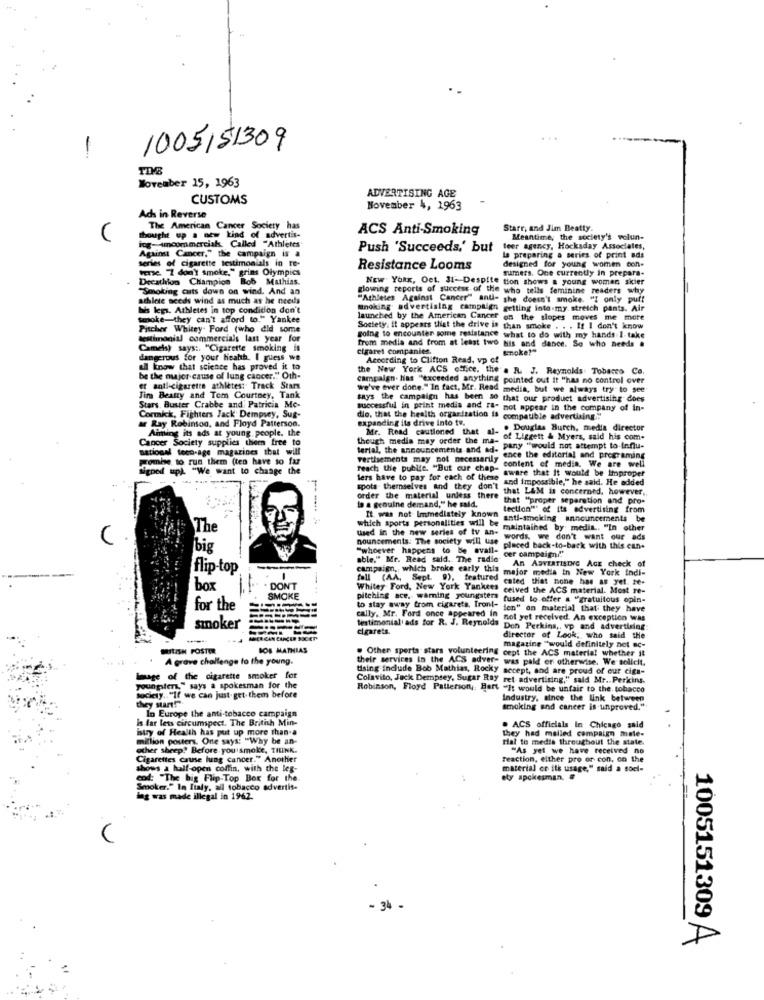
1005151309
-
November 15, 1963
ADVERTISING AGE
CUSTOMS
November 4, 1963
Ads in Reverse
The American Cancer Society has
ACS Anti-Smoking
Starr, and Jim Beatty.
thought up a new kind of advertis-
Meantime, the society's volun-
ing-Amcommercial Called "Athletes
Push 'Succeeds,' but
teer agency, Hocksday Associates,
Against Cancer." the campaign is a
la preparing a series of print ads
tene. "I don't smoke," grins Olympics
series of cigarette testimonials in re-
Resistance Looms
sumers. One currently in prepara-
designed for young women bon-
Decathlon Champion Bob Mathias.
NEW YORK, Oet. 31-Despite tion shows a young woman sicier
"Smoking cuts down on wind. And an
glowing reports of success of the who tells feminine readers why
athlete needs wind as much as he needs
"Athletes Against Cancer" anti- she doesn't smoke. "I only puff
Its legs. Athletes in top condition don't
mnoking advertising campaign getting into my stretch pants. Air
Smoke-they can't afford to." Yankee
launched by the American Cancer on the slopes moves me more
Pischer Whitey. Ford (who did some
Society, it appears that the drive is than smoke . . . It I don't know
testimonial commercials last year for
from media and from at least two his and dance. So who needs #
going to encounter some resistance what to do with my hands I- take
Camels) says :. "Cigarette smoking is
cigaret companies.
Smoke?"
dangerous for your heahh. I guess we
According to Clifton Read, vp of
all know that science has proved it to
e New York ACS office, the'a I. J. Reynolds Tobacco Co.
be the major cause of lung cancer." Oth-
campaign. has "exceeded anything pointed out it "has no control over
er antl-cigarette athlètes: Track Stars
we've ever done." In fact, Mr. Read media, but we always try to see
Jim Beauty and Tom Courtney, Tank
says the campaign has been so that our product advertising does
Stars. Buster Crabbe and Patricia Mc-
successful in print media and "a" not appear in the company of in-
Cormick, Fighters Jack Dempsey, Sug-
ar Ray Robinson, and Floyd Patterson.
expanding ils drive into to.
die, that the health organization is compatible advertising ..
ing its ads at young people, the
Mr. Read cautioned that al- . Douglas Burch, media director
Cancer Society supplies them free to
though media may order the ma- of Liggett & Myers, said his com.
national feco-age magazines that will
terial, the announcements and ad. Pany "would not attempt to Influ-
Promise to run them (ten have so fu
vertisements may not necessarily
ence the editorial and programing
igned up). "We want to change
reach the public. "But cur chap-
content of media. We are well
aware that It would be Improper
lers have to pay for each of these
and impossible," he said. He added
spota- themselves and they don't
that L&M is concerned, however ..
order the material unless there
that "proper separation and pro-
to a genuine demand," he said.
tection"" of its advertising from
which sports personalities will be
It was not Immediately known anti-smoking announcements be
The
used in the new series of tv an-
maintained by medit .. "In other
U
nouncements: The society will use
words, we don't want our ads
big
"whoever happens to be avall-
placed back-to-back with this can-
cer campaign/"
able," Mr. Read said. The radio-
An ADVERTISING AGE check of
flip-top
campaign, which broke early this
major media in New York indi-
fall (AA, Sept. 9), featured cated that none has as yet. te-
box
DON'T
Whitey Ford, New York Yankees
ceived the ACS material. Most re-
SMOKE
pitching ace. waming youngsters fused to offer a "gratuitous opin-
for the
to stay away from cigareta. Iront-
den" on material that they have
smoker
cally, Mr. Ford once appeared in not yet received. An exception Was
Intimoniali ads for R. J. Reynolds
cigarets.
Den Perkins ,, vp and advertising
director of Look, who said the
magazine "would definitely not ec-
BRITISH FOSTER
BOB MATHIAS
. Other sports stars volunteering cept the ACS material whether it
A grave challenge to the young.
their services in the ACS adver- was pald or otherwise. We sollcit.
Using include Bob Mathias, Rocky secept, and are proud of our ciga-
Image of the cigarette smoker for
Colavito, Jack Dempsey, Sugar Ray ret advertising," said Mr. Perkins.
youngster," says a spokesman for the
Robinson, Floyd Patterson ,: Bart "It would be unfair to the tobacco
society .. "If we can just- get. them before
they start!".
Industry, since the link between
smoking and cancer is unproved.
Is far less circumspect. The British Min-
In Europe the anti-tobacco campaign
istry of Health has put up more than a
. ACS officials In Chicago said
they had malled campaign male-
million posters. One says: "Why be an-
riat to media throughout the state.
other sheep? Before you smoke, THINK.
"As yet we have received no
Cigarettes cause lung cancer." Another
reaction, either pro or con, on the
shows a half-open coffin, with the leg-
material en itk usage," said a soci-
"The big Flip-Top Box for the.
ety spokesman. #
Smoker." In Italy, all tobacco advertise
ing was made illegal in 1962.
~ 34 -
1005151309 A